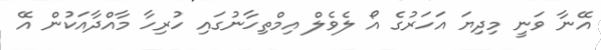
އޭނާ ވަނީ މިދިޔަ އަހަރުގެ އޯ ލެވެލް އިމްތިހާނުގައި ހުރިހާ މާއްދާއަކުން އޭ